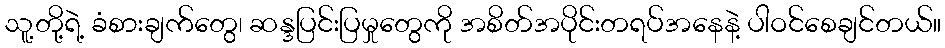
သူ့တို့ရဲ့ ခံစားချက်တွေ၊ ဆန္ဒပြင်းပြမှုတွေကို အစိတ်အပိုင်းတရပ်အနေနဲ့ ပါဝင်စေချင်တယ်။